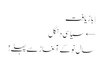
| بازیافت
← سیاسی دنگل
سال نو کے آغاز سے پہلے!